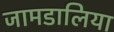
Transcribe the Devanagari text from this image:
जामडालिया